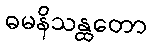
ဓမနိသန္ထတော